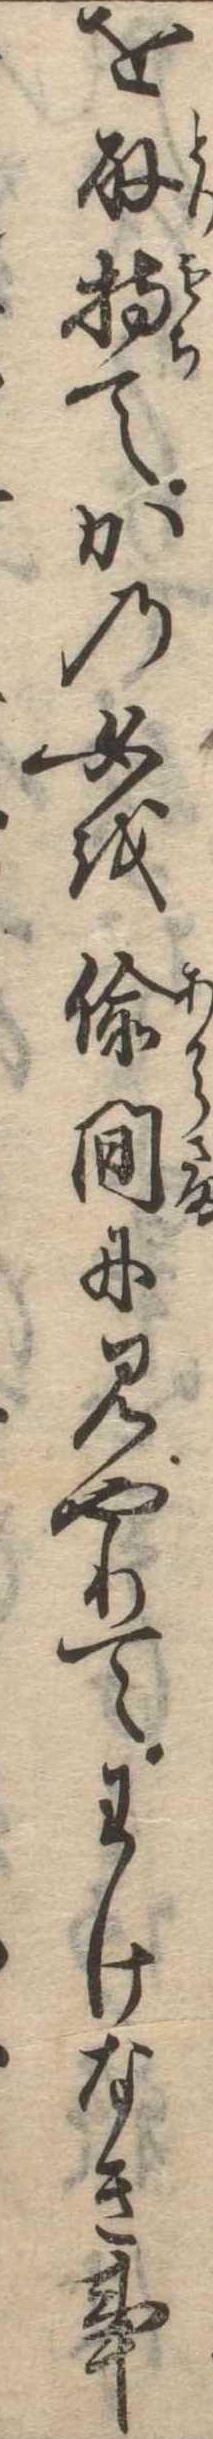
を取持てかの女を偸間に見やりてわけなき事